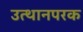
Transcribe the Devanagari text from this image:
उत्थानपरक